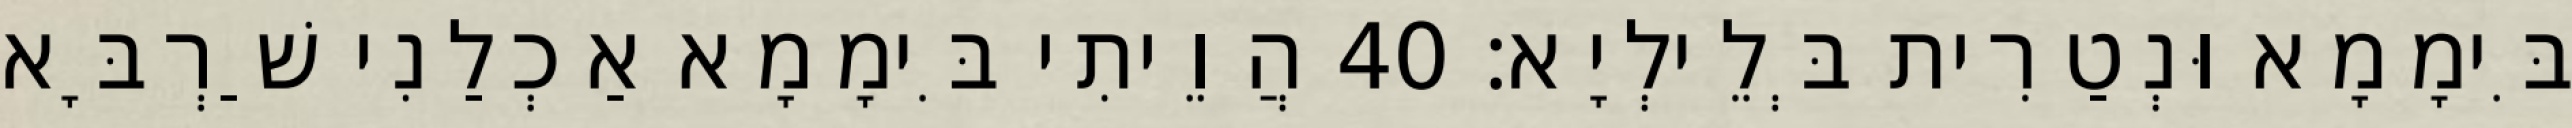
בִּימָמָא וּנְטַרִית בְּלֵילְיָא׃ 40 הֲוֵיתִי בִּימָמָא אַכְלַנִי שַׁרְבָּא